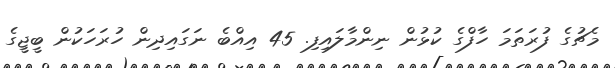
މެޗުގެ ފުރަތަމަ ހާފްގެ ކުޅުން ނިންމާލައިފި. 45 އިއްބެ ނަގައިދިން ހުރަހަކުން ބީޖީގެ